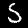
Label: 5